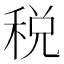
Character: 税